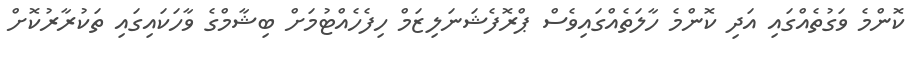
ކޮންމެ ވަގުތެއްގައި އަދި ކޮންމެ ހާލަތެއްގައިވެސް ޕްރޮފެޝަނަލިޒަމް ހިފެހެއްޓުމަށް ބިޝާމްގެ ވާހަކައިގައި ތަކުރާރުކޮށް